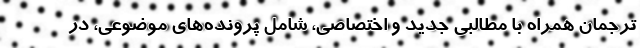
ترجمان همراه با مطالبی جدید و اختصاصی، شامل پرونده‌های موضوعی، در